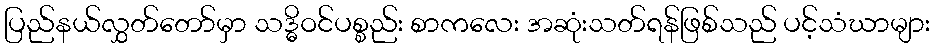
ပြည်နယ်လွှတ်တော်မှာ သဒ္ဓိဝင်ပစ္စည်း စာကလေး အဆုံးသတ်ရန်ဖြစ်သည် ပင့်သံဃာများ